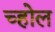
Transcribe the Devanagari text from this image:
च्होल